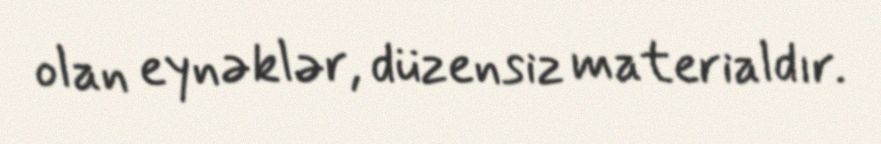
olan eynəklər, düzensiz materialdır.